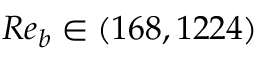
R e _ { b } \in ( 1 6 8 , 1 2 2 4 )